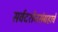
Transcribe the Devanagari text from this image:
सर्वदर्शनसंग्रहाचे